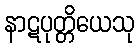
နာဋပုတ္တိယေသု